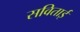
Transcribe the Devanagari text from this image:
सविताई